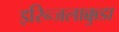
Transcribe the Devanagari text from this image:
इरिन्जलाक्कुडा